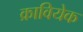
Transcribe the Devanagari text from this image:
क्रावियेक